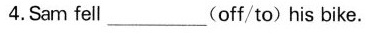
4.Sam fell_____(off/to)his bike.